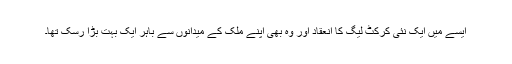
ایسے میں ایک نئی کرکٹ لیگ کا انعقاد اور وہ بھی اپنے ملک کے میدانوں سے باہر ایک بہت بڑا رسک تھا۔